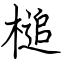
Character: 槌